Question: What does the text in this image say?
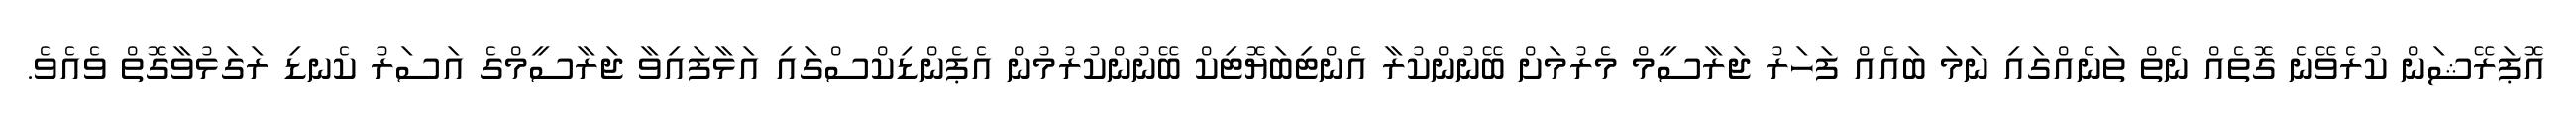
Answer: އޮޕަރޭޝަން ކުރެވޭނެ ގޮތެއް ނެތް ތަނެއްގައި ނަމަ ބައެއް ފަހަރު ޖަރާސީމް މެރުމަށް ބޭނުންކުރާ އެންޓިބަޔޮޓިކް ބޭނުންކުރުމުން އެޕެންޑިކްސްގައި އަޅާފައިވާ ޖަރާސީމްގެ އަސަރު ކެނޑި ރަގަޅުވާގޮތް ވެއެވެ.